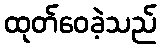
ထုတ်ဝေခဲ့သည်